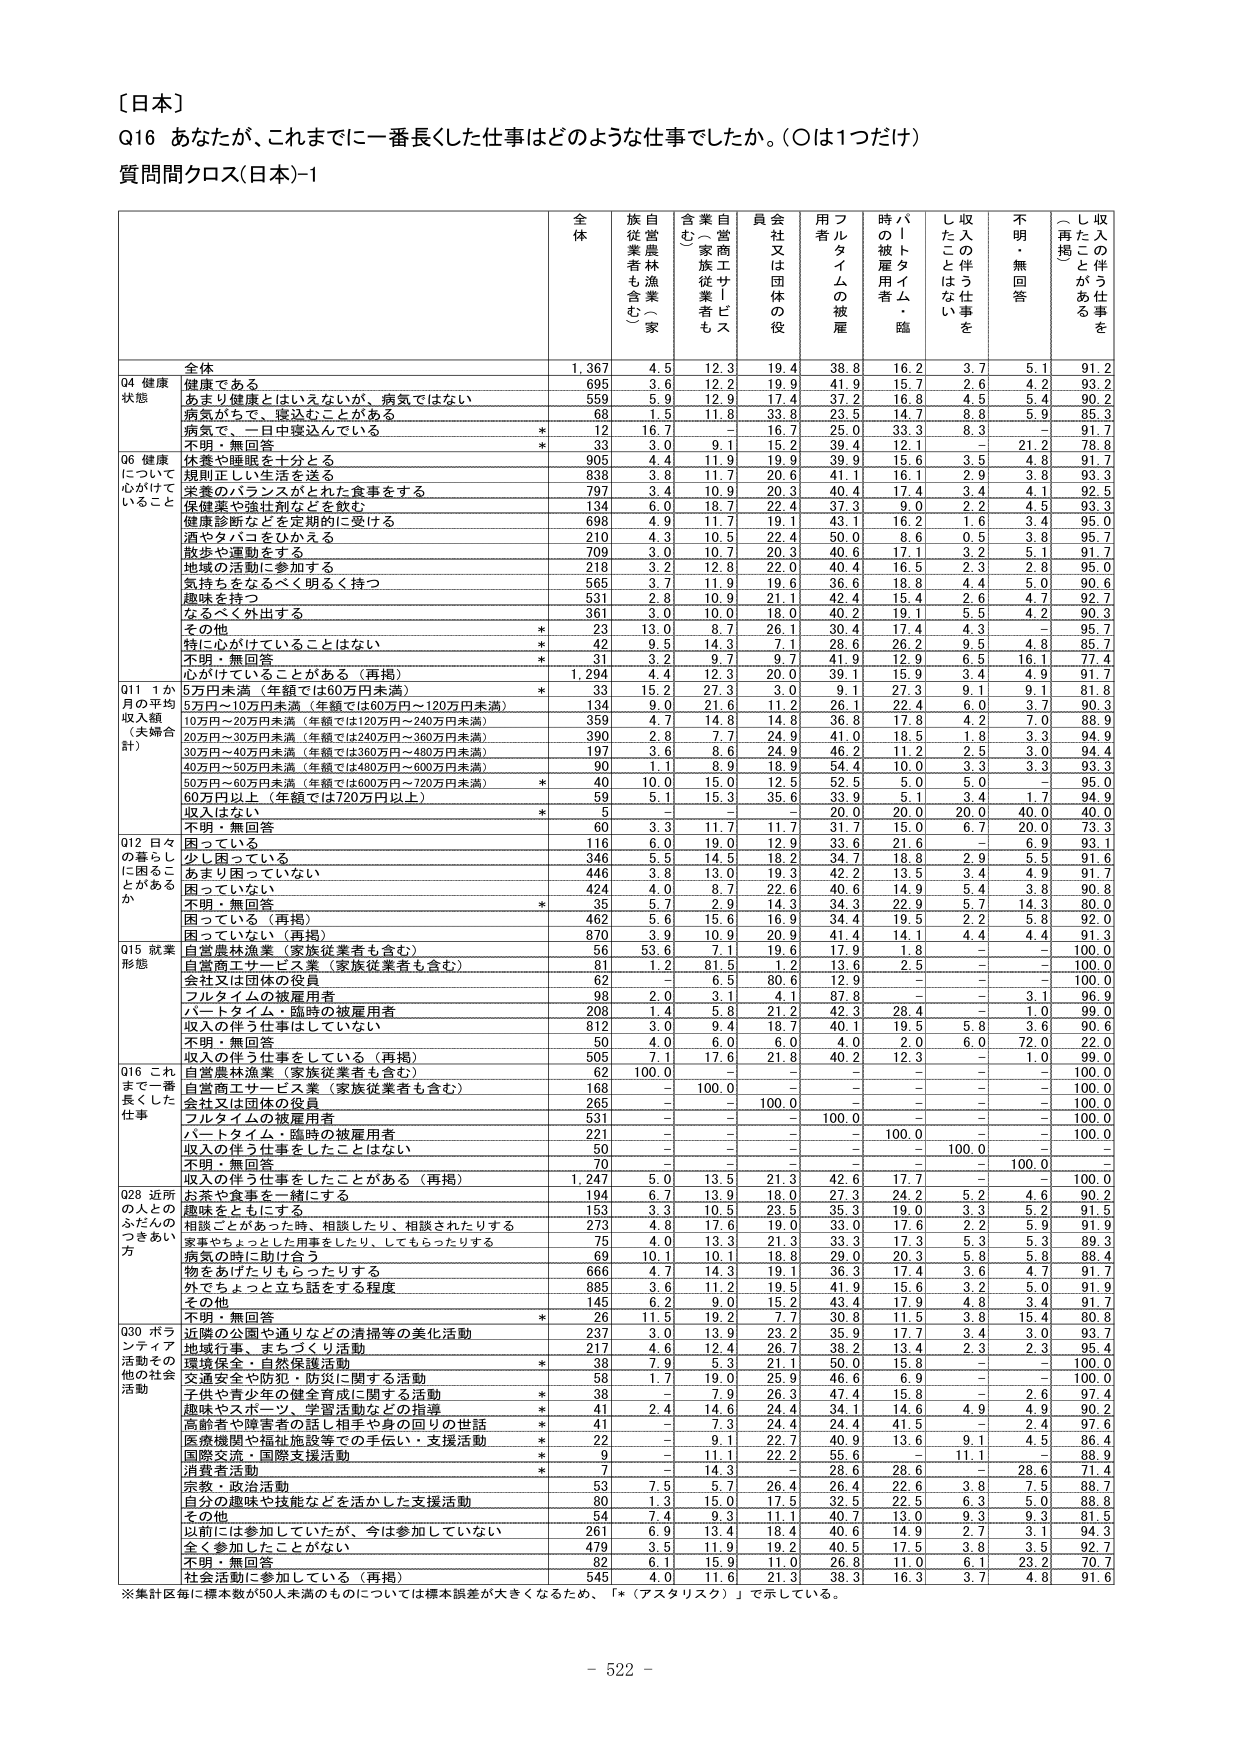
〔日本〕

Q16 あなたが、これまでに一番長くした仕事はどのような仕事でしたか。（○は1つだけ）

質問間クロス（日本）-1

全 体 族 自 営 農 林 漁 業 （ 家 族 従 業 者 も 含 む ） 含 業 自 営 商 工 サ ー ビ ス （ 家 族 従 業 者 も 含 む ） 員 会 社 又 は 団 体 の 役 用 フ ル タ イ ム の 被 雇 時 パ ー ト タ イ ム ・ 臨 の 被 雇 用 者 し 収 入 の 伴 う 仕 事 を た こ と は な い 不 明 ・ 無 回 答 し 収 入 の 伴 う 仕 事 を た こ と が あ る （ 再 揭 ）

全体 1,367 4.5 12.3 19.4 38.8 16.2 3.7 5.1 91.2

04 健康 状態 健康である 695 3.6 12.2 19.9 41.9 15.7 2.6 4.2 93.2 あまり健康とはいえないが、病気ではない 559 5.9 12.9 37.2 17.4 16.8 4.5 5.4 90.2 病気があって、寝込むことがある 68 1.5 11.8 33.8 23.5 14.7 8.8 5.9 85.3 病気で、一日中寝込んでいる * 12 16.7 - 16.7 25.0 33.3 8.3 - 91.7 不明・無回答 * 33 3.0 9.1 15.2 39.4 12.1 - 21.2 78.8

06 健康 について 心がけていること 休養や睡眠を十分とる 905 4.4 11.9 19.9 39.9 15.6 3.5 4.8 91.7 規則正しい生活を送る 838 3.8 11.7 20.6 41.1 16.1 2.9 3.8 93.3 栄養のバランスがとれた食事をする 797 3.4 10.9 20.3 40.4 17.4 3.4 4.1 92.5 保健薬や強壮剤などを飲む 134 6.0 18.7 22.4 37.3 9.0 2.2 4.5 93.3 健康診断などを定期的に受ける 698 4.9 11.7 19.1 43.1 16.2 1.6 3.4 95.0 酒やタバコをひかえる 210 4.3 10.5 22.4 50.0 8.6 0.5 3.8 95.7 散歩や運動をする 709 3.0 10.7 20.3 40.6 17.1 3.2 5.1 91.7 地域の活動に参加する 218 3.2 12.8 22.0 40.4 16.5 2.3 2.8 95.0 気持ちをなるべく明るく持つ 565 3.7 11.9 19.6 36.6 18.8 4.4 5.0 90.6 趣味を持つ 531 2.8 10.9 21.1 42.4 15.4 2.6 4.7 92.7 なるべく外出する 361 3.0 10.0 18.0 40.2 19.1 5.5 4.2 90.3 その他 * 23 13.0 8.7 26.1 30.4 17.4 4.3 - 95.7 特に心がけていることはない * 42 9.5 14.3 7.1 28.6 26.2 9.5 4.8 85.7 不明・無回答 * 31 3.2 9.7 9.7 41.9 12.9 6.5 16.1 77.4 心がけていることがある（再掲） 1,294 4.4 12.3 20.0 39.1 15.9 3.4 4.9 91.7

011 1か月の平均収入額（夫婦合計） 5万円未満（年額では60万円未満） * 33 15.2 27.3 3.0 9.1 27.3 9.1 9.1 81.8 5万円～10万円未満（年額では60万円～120万円未満） 134 9.0 21.6 11.2 26.1 22.4 6.0 3.7 90.3 10万円～20万円未満（年額では120万円～240万円未満） 359 4.7 14.8 14.8 36.8 17.8 4.2 7.0 88.9 20万円～30万円未満（年額では240万円～360万円未満） 390 2.8 7.7 24.9 41.0 18.5 1.8 3.3 94.9 30万円～40万円未満（年額では360万円～480万円未満） 197 3.6 8.6 24.9 46.2 11.2 2.5 3.0 94.4 40万円～50万円未満（年額では480万円～600万円未満） 90 1.1 8.9 18.9 54.4 10.0 3.3 3.3 93.3 50万円～60万円未満（年額では600万円～720万円未満） * 40 10.0 15.0 12.5 52.5 5.0 5.0 - 95.0 60万円以上（年額では720万円以上） 59 5.1 15.3 35.6 33.9 5.1 3.4 1.7 94.9 収入はない * 5 - - - 20.0 20.0 20.0 40.0 40.0 不明・無回答 60 3.3 11.7 11.7 31.7 15.0 6.7 20.0 73.3

012 日々の暮らしに困ることがあるか 困っている 116 6.0 19.0 12.9 33.6 21.6 - 6.9 93.1 少し困っている 346 5.5 14.5 18.2 34.7 18.8 2.9 5.5 91.6 あまり困っていない 446 3.8 13.0 19.3 42.2 13.5 3.4 4.9 91.7 困っていない 424 4.0 8.7 22.6 40.6 14.9 5.4 3.8 90.8 不明・無回答 * 35 5.7 2.9 14.3 34.3 22.9 5.7 14.3 80.0 困っている（再掲） 462 5.6 15.6 16.9 34.4 19.5 2.2 5.8 92.0 困っていない（再掲） 870 3.9 10.9 20.9 41.4 14.1 4.4 4.4 91.3

015 就業形態 自営農林漁業（家族従業者も含む） 56 53.6 7.1 19.6 17.9 1.8 - - 100.0 自営商工サービス業（家族従業者も含む） 81 1.2 81.5 1.2 13.6 2.5 - - 100.0 会社又は団体の役員 62 - 6.5 80.6 12.9 - - - 100.0 フルタイムの被雇用者 98 2.0 3.1 4.1 87.8 - - 3.1 96.9 パートタイム・臨時の被雇用者 208 1.4 5.8 21.2 42.3 28.4 - 1.0 99.0 収入の伴う仕事はしていない 812 3.0 9.4 18.7 40.1 19.5 5.8 3.6 90.6 不明・無回答 50 4.0 6.0 6.0 4.0 2.0 6.0 72.0 22.0 収入の伴う仕事をしている（再掲） 505 7.1 17.6 21.8 40.2 12.3 - 1.0 99.0

016 これまで一番長くした仕事 自営農林漁業（家族従業者も含む） 62 100.0 - - - - - - 100.0 自営商工サービス業（家族従業者も含む） 168 - 100.0 - - - - - 100.0 会社又は団体の役員 265 - - 100.0 - - - - 100.0 フルタイムの被雇用者 531 - - - 100.0 - - - 100.0 パートタイム・臨時の被雇用者 221 - - - - 100.0 - - 100.0 収入の伴う仕事をしたことはない 50 - - - - - 100.0 - - 不明・無回答 70 - - - - - - 100.0 - 収入の伴う仕事をしたことがある（再掲） 1,247 5.0 13.5 21.3 42.6 17.7 - - 100.0

028 近所の人とのふだんのつきあい方 お茶や食事を一緒にする 194 6.7 13.9 18.0 27.3 24.2 5.2 4.6 90.2 趣味をともにする 153 3.3 10.5 23.5 35.3 19.0 3.3 5.2 91.5 相談ことがあった時、相談したり、相談されたりする 273 4.8 17.6 19.0 33.0 17.6 2.2 5.9 91.9 家事やちょっとした用事をしたり、してもらったりする 75 4.0 13.3 21.3 33.3 17.3 5.3 5.3 89.3 病気の時に助け合う 69 10.1 10.1 18.8 29.0 20.3 5.8 5.8 88.4 物をあげたりもらったりする 666 4.7 14.3 19.1 36.3 17.4 3.6 4.7 91.7 外でちょっと立ち話をする程度 885 3.6 11.2 19.5 41.9 15.6 3.2 5.0 91.9 その他 145 6.2 9.0 15.2 43.4 17.9 4.8 3.4 91.7 不明・無回答 * 26 11.5 19.2 7.7 30.8 11.5 3.8 15.4 80.8

030 ボランティア活動その他の社会活動 近隣の公園や通りなどの清掃等の美化活動 237 3.0 13.9 23.2 35.9 17.7 3.4 3.0 93.7 地域行事・まちづくり活動 217 4.6 12.4 26.7 38.2 13.4 2.3 2.3 95.4 環境保全・自然保護活動 * 38 7.9 5.3 21.1 50.0 15.8 - - 100.0 交通安全や防犯・防災に関する活動 58 1.7 19.0 25.9 46.6 6.9 - - 100.0 子供や青少年の健全育成に関する活動 * 38 - 7.9 26.3 47.4 15.8 - 2.6 97.4 趣味やスポーツ、学習活動などの指導 * 41 2.4 14.6 24.4 34.1 14.6 4.9 4.9 90.2 高齢者や障害者の話し相手や身の回りの世話 * 41 - 7.3 24.4 24.4 41.5 - 2.4 97.6 医療機関や福祉施設等での手伝い・支援活動 * 22 - 9.1 22.7 40.9 13.6 9.1 4.5 86.4 国際交流・国際支援活動 * 9 - 11.1 22.2 55.6 - 11.1 - 88.9 消費者活動 * 7 - 14.3 - 28.6 28.6 - 28.6 71.4 宗教・政治活動 53 7.5 5.7 26.4 26.4 22.6 3.8 7.5 88.7 自分の趣味や技能などを活かした支援活動 80 1.3 13.0 17.5 32.5 22.5 6.3 5.0 88.8 その他 54 7.4 9.3 11.1 40.7 13.0 9.3 9.3 81.5 以前には参加していたが、今は参加していない 261 6.9 13.4 18.4 40.6 14.9 2.7 3.1 94.3 全く参加したことがない 479 3.3 11.9 19.2 40.5 17.5 3.8 3.2 92.7 不明・無回答 82 6.1 15.9 11.0 26.8 11.0 6.1 23.2 70.7 社会活動に参加している（再掲） 545 4.0 11.6 21.3 38.3 16.3 3.7 4.8 91.6

※集計区毎に標本数が50人未満のものについては標本誤差が大きくなるため、「*（アスタリスク）」で示している。

- 522 -